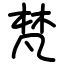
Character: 梵